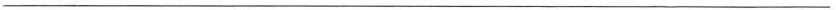
——————